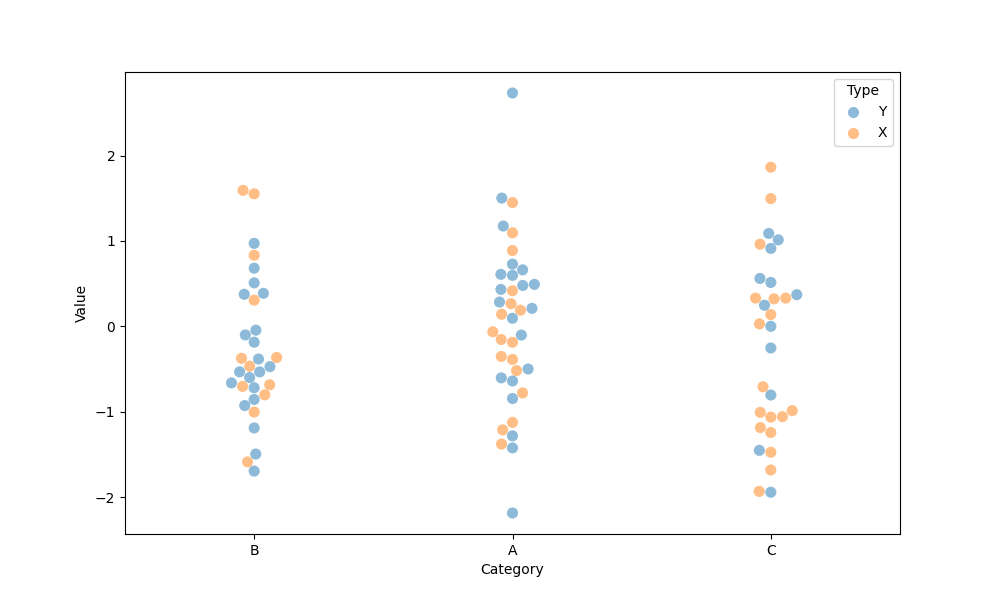
python, seaborn, swarmplot, dodge=False, alpha=0.5, size=8